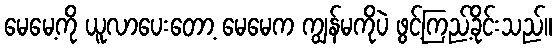
မေမေ့ကို ယူလာပေးတော့ မေမေက ကျွန်မကိုပဲ ဖွင့်ကြည့်ခိုင်းသည်။